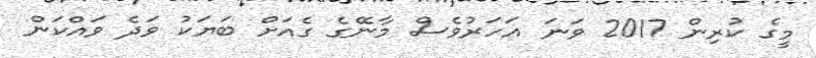
މީގެ ކުރިން 2017 ވަނަ އަހަރުވެސް މާނޭގެ ގެއަށް ބަޔަކު ވަދެ ވައްކަން